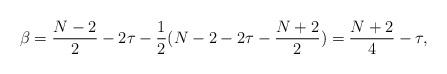
LaTeX: \begin{align*}\beta=\frac{N-2}2-2\tau -\frac12 ( N-2-2\tau -\frac{N+2}2)=\frac{N+2}4-\tau,\end{align*}